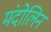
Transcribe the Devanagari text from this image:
मंदोलिन